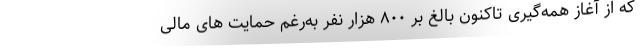
که از آغاز همه‌گیری تاکنون بالغ بر ۸۰۰ هزار نفر به‌رغم حمایت های مالی